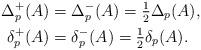
LaTeX: \begin{align*}\Delta_p^+(A)&=\Delta_p^-(A)=\tfrac12\Delta_p(A),\\\delta_p^+(A)&=\delta_p^-(A)=\tfrac12\delta_p(A).\end{align*}